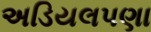
અડિયલપણા